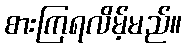
စားကြရလိမ့်မည်။